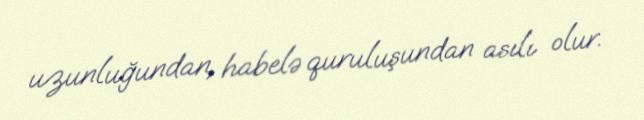
uzunluğundan, habelə quruluşundan asılı olur.